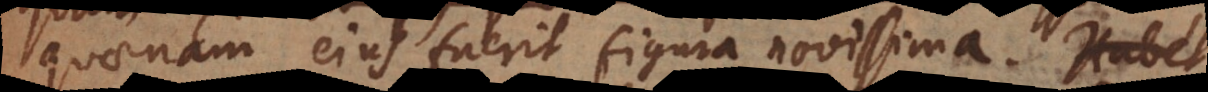
quaenam ejus fuerit figura novissima. Habet